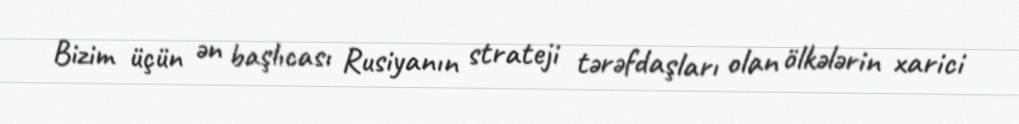
Bizim üçün ən başlıcası Rusiyanın strateji tərəfdaşları olan ölkələrin xarici